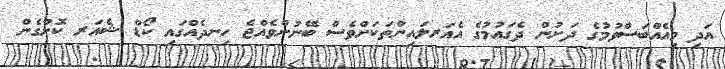
އަދި މިއެއްބަސްވުމުގެ ދަށުން ދެގައުމުގެ އެއަރލައިންތަކަށްވެސް ބޭނުންވެއްޖެ ހިނދެއްގައި ކޯޑް ޝެއަރ ކޮށްގެން